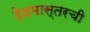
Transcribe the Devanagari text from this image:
हेडमास्तरची